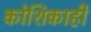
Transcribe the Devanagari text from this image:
कोशिकाही